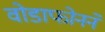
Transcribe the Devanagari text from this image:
वोडाफोनने